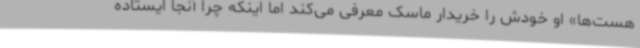
هست‌ها» او خودش را خریدار ماسک معرفی می‌کند اما اینکه چرا آنجا ایستاده